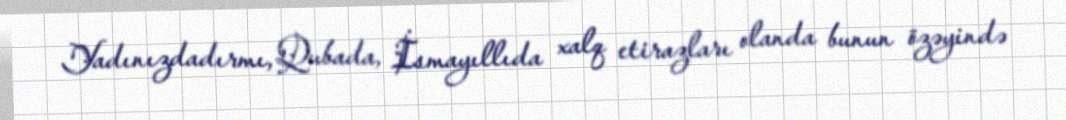
Yadınızdadırmı, Qubada, İsmayıllıda xalq etirazları olanda bunun özəyində